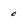
Character: 0